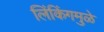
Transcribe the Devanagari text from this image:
लिंकिंगमुळे